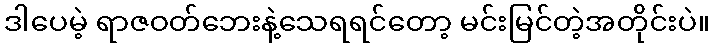
ဒါပေမဲ့ ရာဇဝတ်ဘေးနဲ့သေရရင်တော့ မင်းမြင်တဲ့အတိုင်းပဲ။